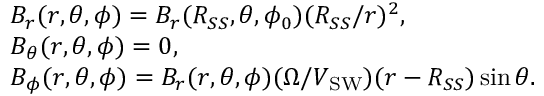
\begin{array} { r l } & { B _ { r } ( r , \theta , \phi ) = B _ { r } ( R _ { S S } , \theta , \phi _ { 0 } ) ( R _ { S S } / r ) ^ { 2 } , } \\ & { B _ { \theta } ( r , \theta , \phi ) = 0 , } \\ & { B _ { \phi } ( r , \theta , \phi ) = B _ { r } ( r , \theta , \phi ) ( \Omega / V _ { \mathrm { S W } } ) ( r - R _ { S S } ) \sin \theta . } \end{array}